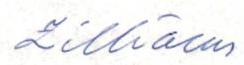
Zilliacus